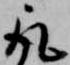
取